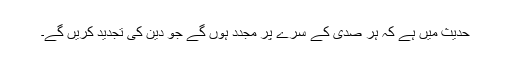
حدیث میں ہے کہ ہر صدی کے سرے پر مجدد ہوں گے جو دین کی تجدید کریں گے۔